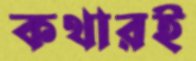
কথারই